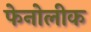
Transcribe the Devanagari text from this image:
फेनोलीक